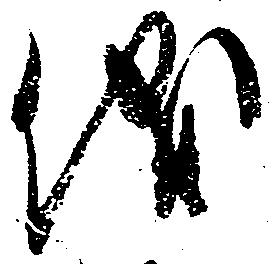
儀